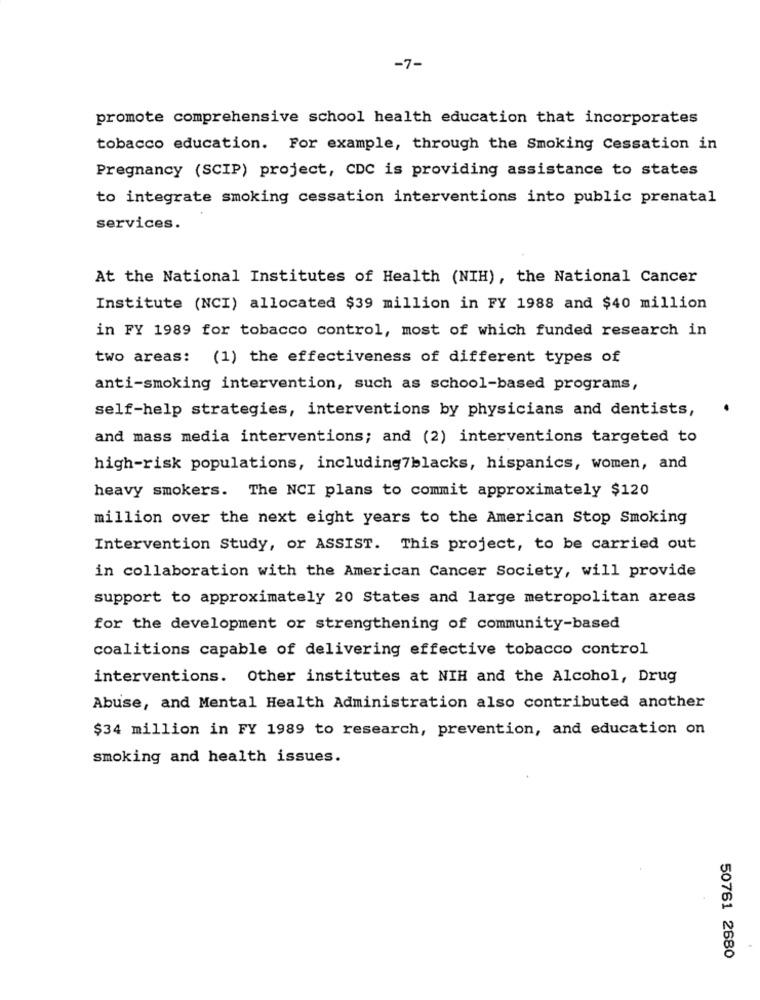
-7-
promote comprehensive school health education that incorporates
tobacco education. For example, through the Smoking Cessation in
Pregnancy (SCIP) project, CDC is providing assistance to states
to integrate smoking cessation interventions into public prenatal
services.
At the National Institutes of Health (NIH), the National Cancer
Institute (NCI) allocated $39 million in FY 1988 and $40 million
in FY 1989 for tobacco control, most of which funded research in
two areas: (1) the effectiveness of different types of
anti-smoking intervention, such as school-based programs,
self-help strategies, interventions by physicians and dentists,
and mass media interventions; and (2) interventions targeted to
high-risk populations, including7blacks, hispanics, women, and
heavy smokers. The NCI plans to commit approximately $120
million over the next eight years to the American Stop Smoking
Intervention Study, or ASSIST. This project, to be carried out
in collaboration with the American Cancer Society, will provide
support to approximately 20 States and large metropolitan areas
for the development or strengthening of community-based
coalitions capable of delivering effective tobacco control
interventions. Other institutes at NIH and the Alcohol, Drug
Abuse, and Mental Health Administration also contributed another
$34 million in FY 1989 to research, prevention, and education on
smoking and health issues.
50761 2680